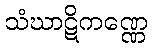
သံဃာဋိကဏ္ဏေ